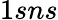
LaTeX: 1sns